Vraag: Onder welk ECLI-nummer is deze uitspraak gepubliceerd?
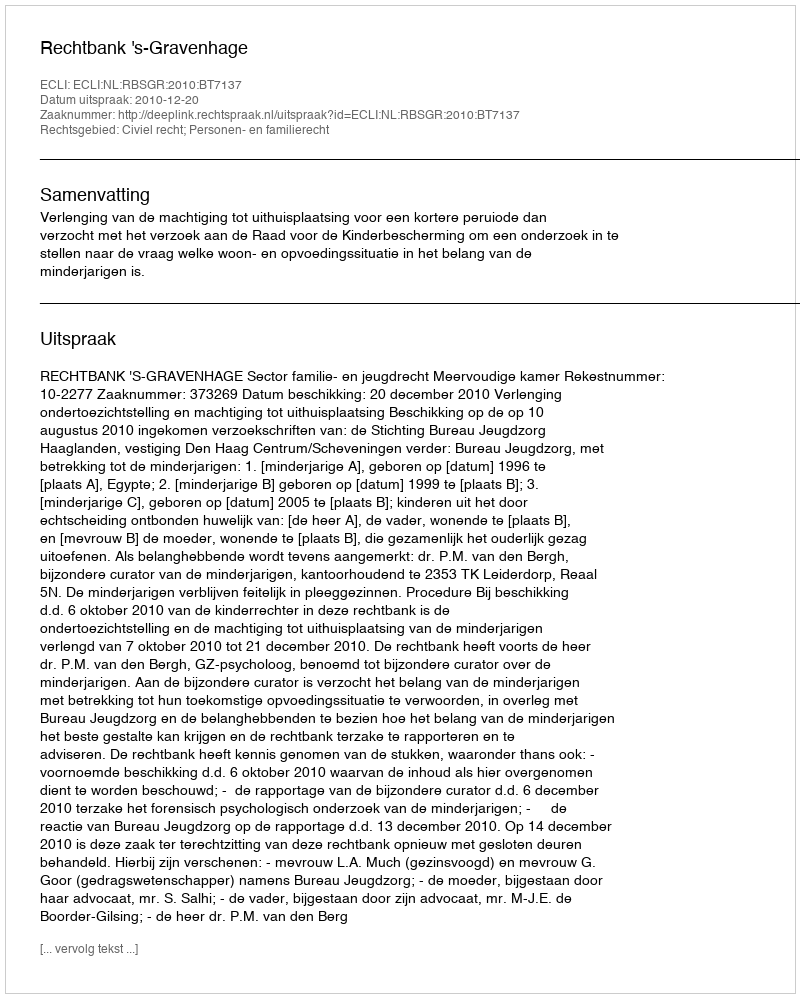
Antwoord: ECLI:NL:RBSGR:2010:BT7137